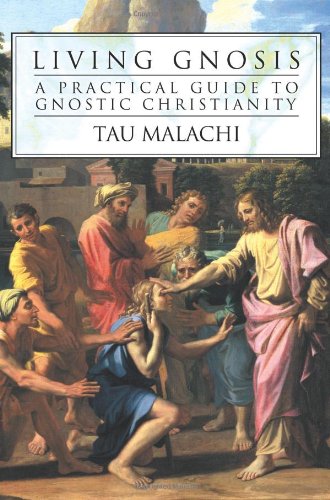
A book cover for Living Gnosis: A Practical Guide to Gnostic Christianity; Tau Malachi; Christian Books & Bibles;